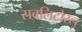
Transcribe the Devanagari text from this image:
सबलिटोरल